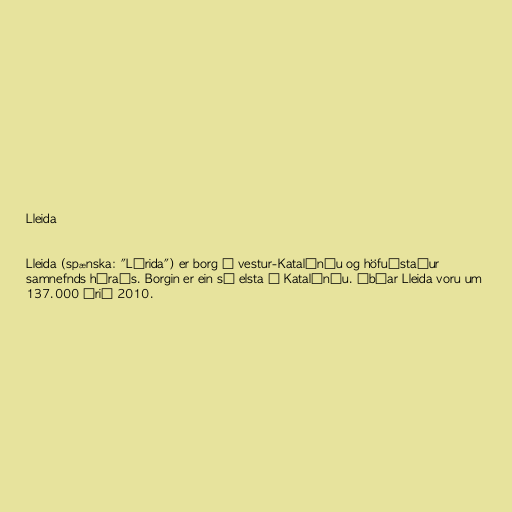
Lleida

Lleida (spænska: "Lérida") er borg í vestur-Katalóníu og höfuðstaður
samnefnds héraðs. Borgin er ein sú elsta í Katalóníu. Íbúar Lleida voru um
137.000 árið 2010.